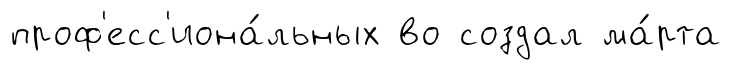
проф'есс'иона́льных во создал ма́рта